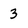
Character: 3